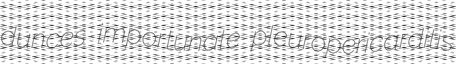
dunces importunate pleuropericarditis